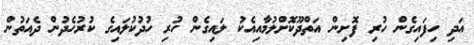
އަދި ހިފައިގެން ހުރި ފޮށިން އަތްދޫކޮށްލުމާއިއެކު ލައިގެން ހުރި ހުދުކުލައިގެ ކުރުހެދުން ދެއަތުން